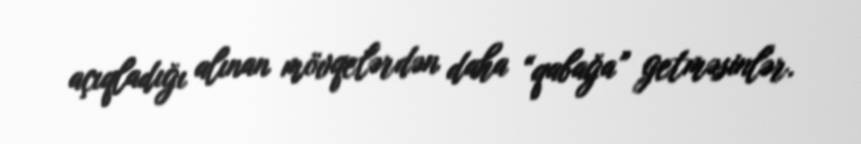
açıqladığı alınan mövqelərdən daha “qabağa” getməsinlər.